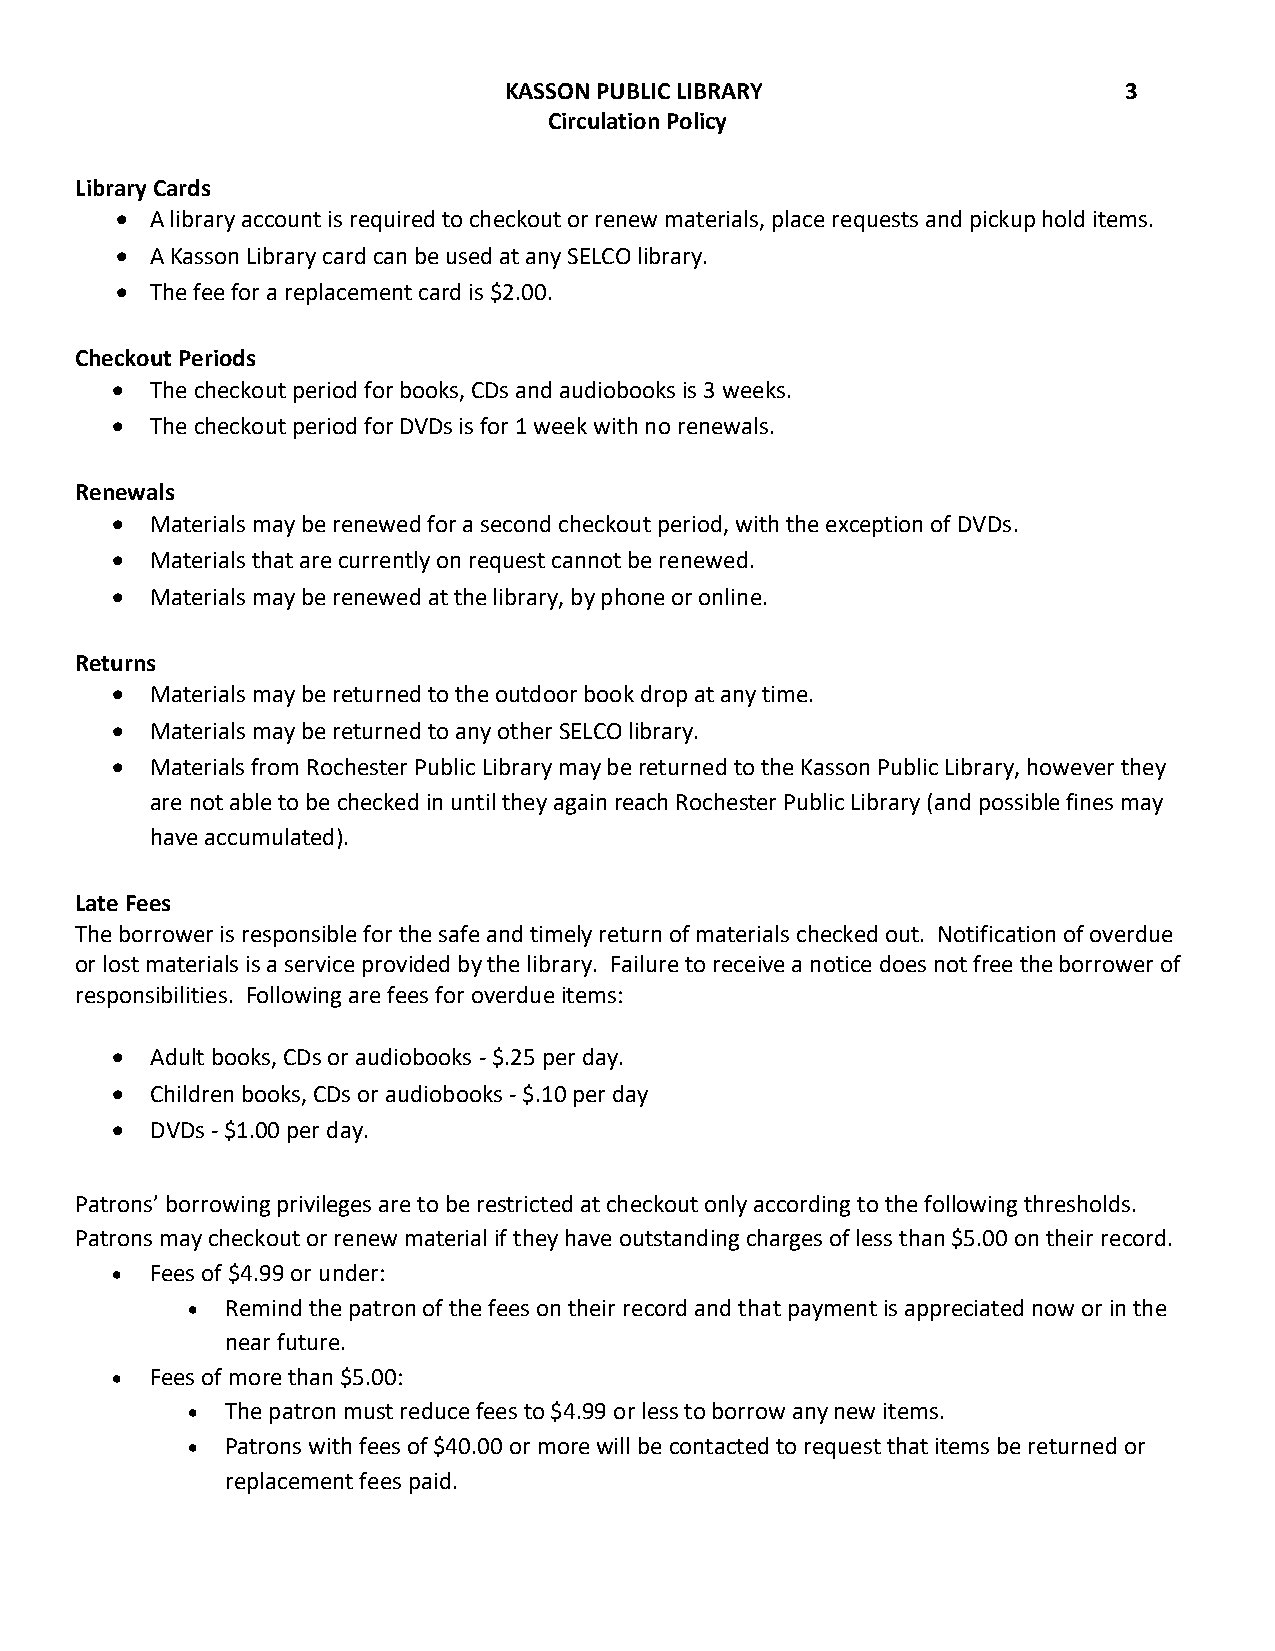
KASSON PUBLIC LIBRARY                     3
 Circulation Policy
 Library Cards
  A library account is required to checkout or renew materials, place requests and pickup hold items.
  A Kasson Library card can be used at any SELCO library.
  The fee for a replacement card is $2.00.
 Checkout Periods
   The checkout period for books, CDs and audiobooks is 3 weeks.
   The checkout period for DVDs is for 1 week with no renewals.
 Renewals
   Materials may be renewed for a second checkout period, with the exception of DVDs.
   Materials that are currently on request cannot be renewed.
   Materials may be renewed at the library, by phone or online.
 Returns
   Materials may be returned to the outdoor book drop at any time.
   Materials may be returned to any other SELCO library.
   Materials from Rochester Public Library may be returned to the Kasson Public Library, however they
 are not able to be checked in until they again reach Rochester Public Library (and possible fines may
 have accumulated).
 Late Fees
 The borrower is responsible for the safe and timely return of materials checked out. Notification of overdue
 or lost materials is a service provided by the library. Failure to receive a notice does not free the borrower of
 responsibilities. Following are fees for overdue items:
   Adult books, CDs or audiobooks - $.25 per day.
   Children books, CDs or audiobooks - $.10 per day
   DVDs - $1.00 per day.
 Patrons’ borrowing privileges are to be restricted at checkout only according to the following thresholds.
 Patrons may checkout or renew material if they have outstanding charges of less than $5.00 on their record.
   Fees of $4.99 or under:
   Remind the patron of the fees on their record and that payment is appreciated now or in the
 near future.
   Fees of more than $5.00:
   The patron must reduce fees to $4.99 or less to borrow any new items.
   Patrons with fees of $40.00 or more will be contacted to request that items be returned or
 replacement fees paid.